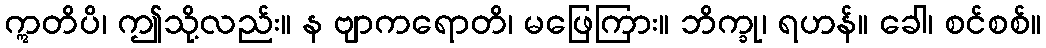
ဣတိပိ၊ ဤသို့လည်း။ န ဗျာကရောတိ၊ မဖြေကြား။ ဘိက္ခု၊ ရဟန်။ ခေါ၊ စင်စစ်။